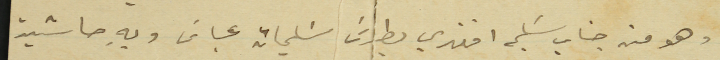
وهو من جناب سَليم افندي بطرسَ سَليمان عباسَ وبه حاشية